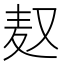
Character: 𮮃